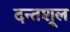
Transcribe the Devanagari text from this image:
दन्तशूल